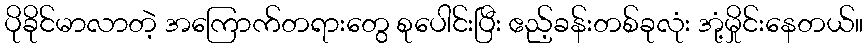
ပိုခိုင်မာလာတဲ့ အကြောက်တရားတွေ စုပေါင်းပြီး ဧည့်ခန်းတစ်ခုလုံး အုံ့မှိုင်းနေတယ်။